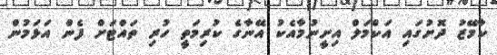
ކާމޭޒު ދޮށުގައި އަކްމަލް އިށީނުމާއެކު އޭނާގެ ކުރިމަތީ ހުރި ތައްޓަށް ފެން އަޅަމުން